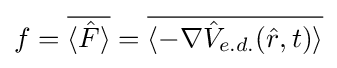
f={\overline {\langle {\hat {F}}\rangle }}={\overline {\langle -\nabla {\hat {V}}_{e.d.}({\hat {r}},t)\rangle }}